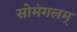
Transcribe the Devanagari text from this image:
सोमंगलम्